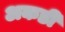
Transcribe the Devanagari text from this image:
अकडी